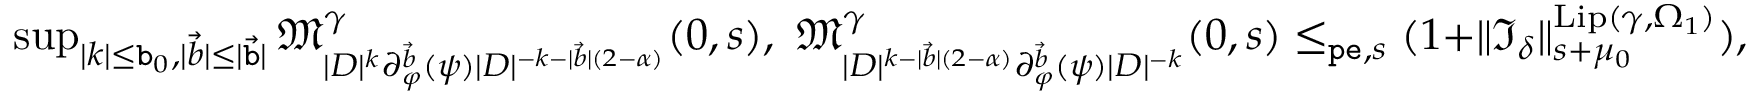
\begin{array} { r } { \operatorname* { s u p } _ { | k | \le \mathtt { b } _ { 0 } , | \vec { b } | \le | \vec { \mathtt { b } } | } \mathfrak { M } _ { | D | ^ { k } \partial _ { \varphi } ^ { \vec { { b } } } ( \psi ) | D | ^ { - k - | \vec { b } | ( 2 - \alpha ) } } ^ { \gamma } ( 0 , s ) , \ \mathfrak { M } _ { | D | ^ { k - | \vec { b } | ( 2 - \alpha ) } \partial _ { \varphi } ^ { \vec { { b } } } ( \psi ) | D | ^ { - k } } ^ { \gamma } ( 0 , s ) \le _ { \mathtt { p e } , s } ( 1 + \rVert \mathfrak { I } _ { \delta } \rVert _ { s + \mu _ { 0 } } ^ { \mathrm { L i p } ( \gamma , \Omega _ { 1 } ) } ) , } \end{array}